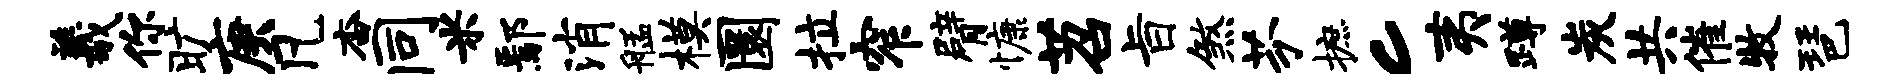
羲你旷庚凡杳同米鄢消艋模圜拉窄臂慷苕旨煞芬摭c夷蹲炭共催牧琶